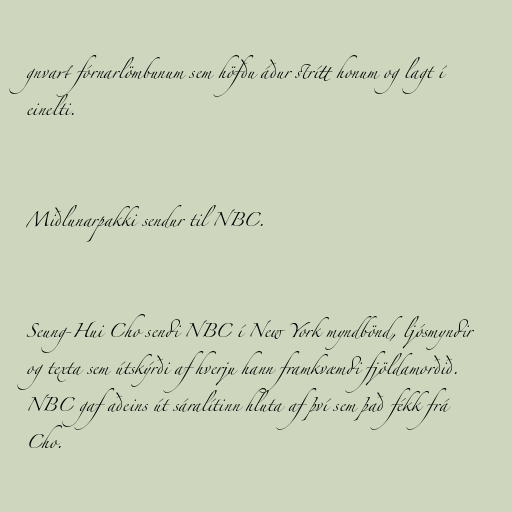
gnvart fórnarlömbunum sem höfðu áður strítt honum og lagt í
einelti.

Miðlunarpakki sendur til NBC.

Seung-Hui Cho sendi NBC í New York myndbönd, ljósmyndir
og texta sem útskýrði af hverju hann framkvæmdi fjöldamorðið.
NBC gaf aðeins út sáralítinn hluta af því sem það fékk frá
Cho.